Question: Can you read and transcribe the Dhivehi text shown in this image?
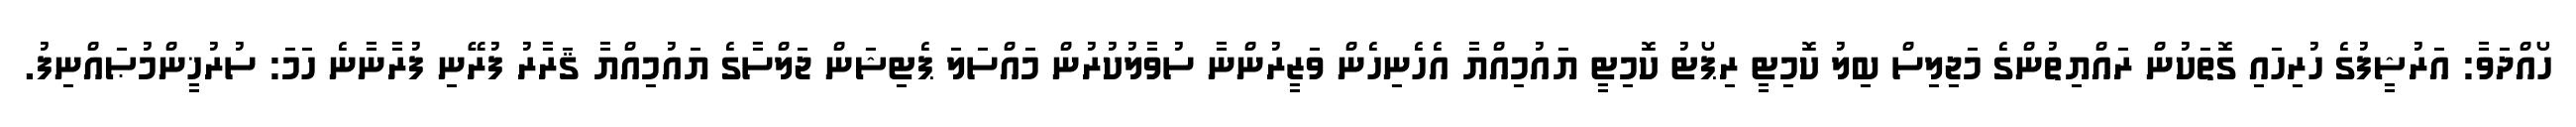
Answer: ހޯއްދަވާ: އަރުޝީފުގެ ހުރިހައި ގޮތަކުން ރައްޔިތުންގެ މަޖިލިސް ބިލު ކޮމިޓީ ރިޕޯޓު ކޮމިޓީ ޔައުމިއްޔާ އެހެނިހެން ވަޒީރުންނާ ސުވާލުކުރުން މައްސަލަ ޕެޓިޝަން ޖަލްސާގެ ޔައުމިއްޔާ ޤަރާރު ފުރޭނި ފުރާނާނެ ހަމަ: ސުރުޚީންމުޞައްނިފު.